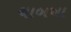
ચાબખા